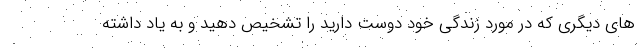
های دیگری که در مورد زندگی خود دوست دارید را تشخیص دهید و به یاد داشته